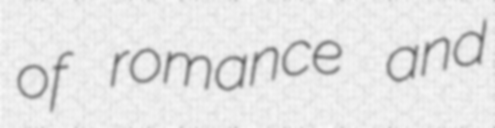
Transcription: of romance and